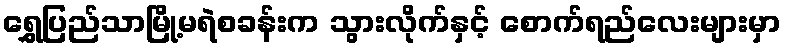
ရွှေပြည်သာမြို့မရဲစခန်းက သွားလိုက်နှင့် စောက်ရည်လေးများမှာ